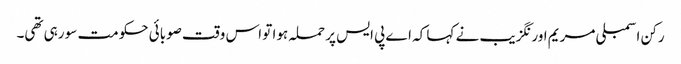
رکن اسمبلی مریم اورنگزیب نے کہا کہ اے پی ایس پر حملہ ہوا تو اس وقت صوبائی حکومت سو رہی تھی۔